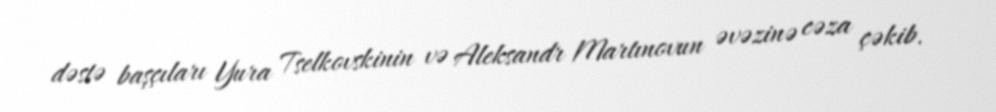
dəstə başçıları Yura Tselkovskinin və Aleksandr Martınovun əvəzinə cəza çəkib.